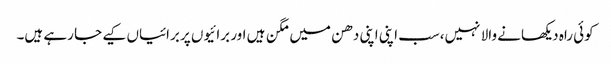
کوئی راہ دیکھانے والا نہیں،سب اپنی اپنی دھن میں مگن ہیں اور برائیوں پر برائیاں کیے جا رہے ہیں۔